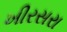
ખીરસરા